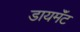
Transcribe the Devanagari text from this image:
डायमॅंट